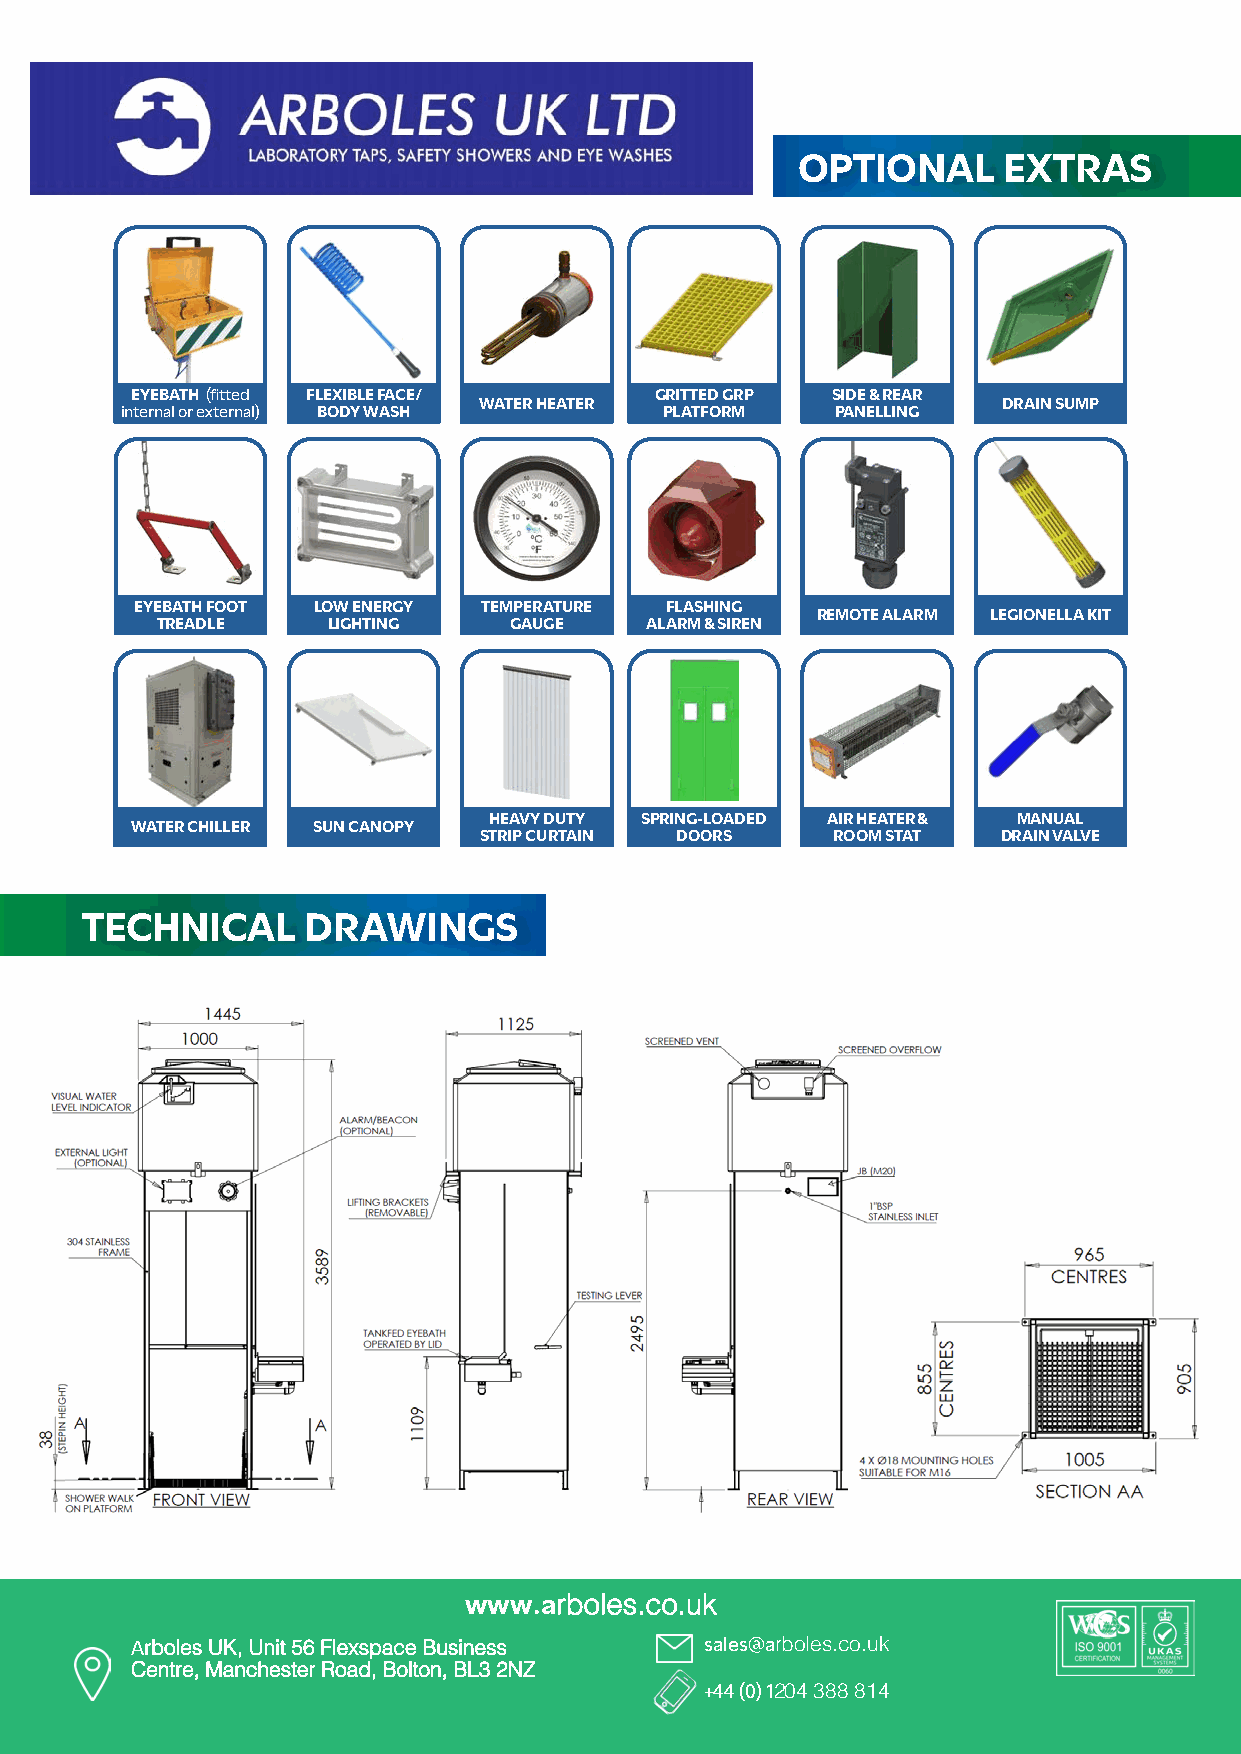
OPTIONAL     EXTRAS
 EYEBATH (fitted FLEXIBLE FACE/    GRITTED GRP SIDE & REAR
 WATER HEATER                      DRAIN SUMP
 internal or external) BODY WASH     PLATFORM   PANELLING
 EYEBATH FOOT LOW ENERGY TEMPERATURE FLASHING
 REMOTE ALARM LEGIONELLA KIT
 TREADLE     LIGHTING    GAUGE    ALARM & SIREN
 HEAVY DUTY SPRING-LOADED AIR HEATER & MANUAL
 WATER CHILLER SUN CANOPY
 STRIP CURTAIN DOORS    ROOM STAT  DRAIN VALVE
 TECHNICAL      DRAWINGS
 www.arboles.co.uk
 Arboles UK, Unit 56 Flexspace Business sales@arboles.co.uk
 Centre, Manchester Road, Bolton, BL3 2NZ
 +44 (0) 1204 388 814